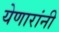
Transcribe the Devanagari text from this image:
येणारांनी